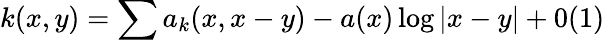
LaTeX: k(x,y)=\sum a_{k}(x,x-y)-a(x)\log\vert x-y\vert+0(1)